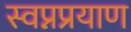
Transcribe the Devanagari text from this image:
स्वप्नप्रयाण